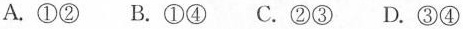
A.①②B.①④C.②③D.③④